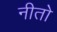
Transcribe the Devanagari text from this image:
नीतो